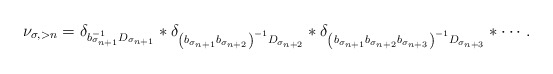
\begin{align*} \nu_{\sigma, >n}=\delta_{b_{\sigma_{n+1}}^{-1} D_{\sigma_{n+1}}} \ast \delta_{\left(b_{\sigma_{n+1}} b_{\sigma_{n+2}}\right)^{-1} D_{\sigma_{n+2}}}\ast \delta_{\left(b_{\sigma_{n+1}} b_{\sigma_{n+2}} b_{\sigma_{n+3}}\right)^{-1}D_{\sigma_{n+3}}} \ast\cdots .\end{align*}